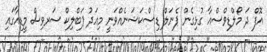
އޮފް ދަ މޯލްޑިވްސްއާ ގުޅިގެން ޕެނަލް ޑިސްކަޝަނެއްވަނީ މިއަދު ޕަބްލިކް ސަރވިސް މީޑިއާގައި